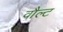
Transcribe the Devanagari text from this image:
वौल्ट